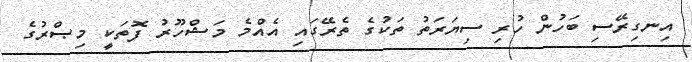
އިނގިރޭސި ބަހުން ހުރި ސިޔަރަތު ތަކުގެ ތެރޭގައި އެއްމެ މަޝްހޫރު ފޮތަކީ މިޞްރުގެ